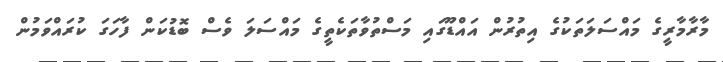
މާރާމާރީގެ މައްސަލަތަކުގެ އިތުރުން އައްޑޫގައި މަސްތުވާތަކެތީގެ މައްސަލަ ވެސް ބޮޑުކަން ފާހަގަ ކުރައްވަމުން